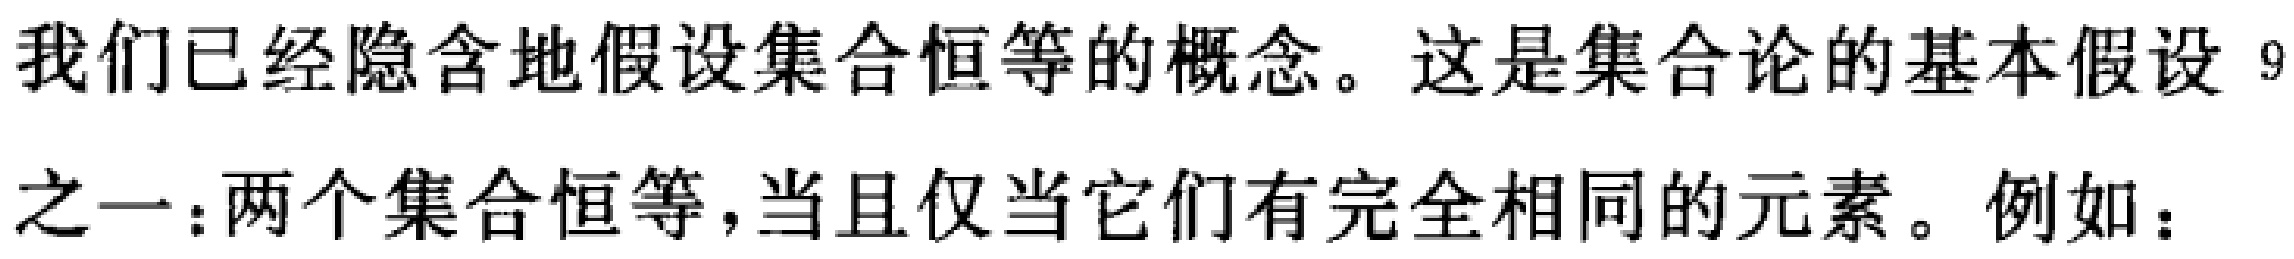
我们已经隐含地假设集合恒等的概念。这是集合论的基本假设之一：两个集合恒等，当且仅当它们有完全相同的元素。例如：